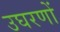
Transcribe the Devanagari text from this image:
उघरणों